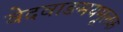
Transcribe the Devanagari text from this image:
वेदवाङमयमूलक